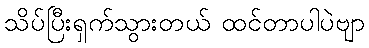
သိပ်ပြီးရှက်သွားတယ် ထင်တာပါပဲဗျာ